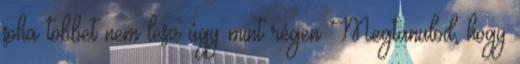
soha többet nem lesz úgy mint régen Megtanulod, hogy